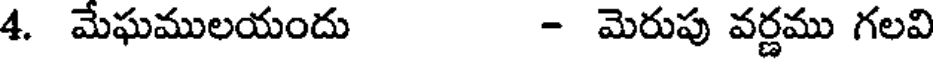
4. మేఘములయందు - మెరుపు వర్ణము గలవి